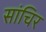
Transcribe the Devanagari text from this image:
सांचिर